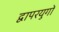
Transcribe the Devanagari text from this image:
द्वापरयुगों